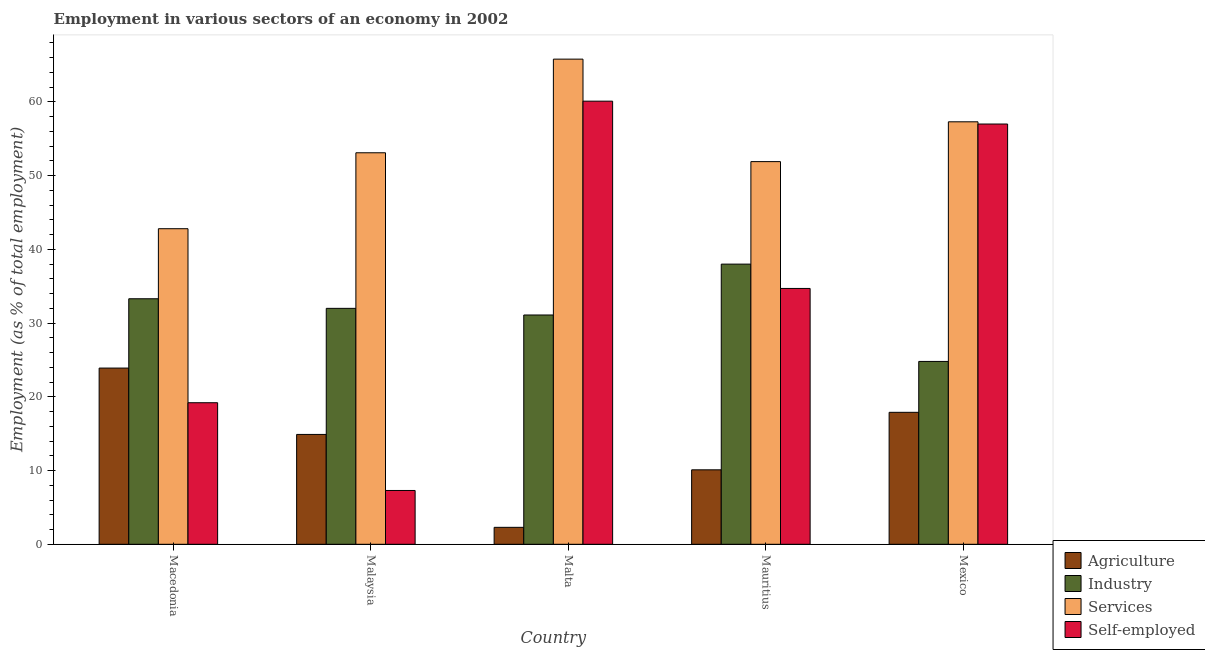
| Country | Agriculture | Industry | Services | Self-employed |
 | --- | --- | --- | --- | --- |
 | Macedonia | 23.9 | 33.3 | 42.8 | 19.2 |
 | Malaysia | 14.9 | 32 | 53.1 | 7.3 |
 | Malta | 2.3 | 31.1 | 65.8 | 60.1 |
 | Mauritius | 10.1 | 38 | 51.9 | 34.7 |
 | Mexico | 17.9 | 24.8 | 57.3 | 57 |